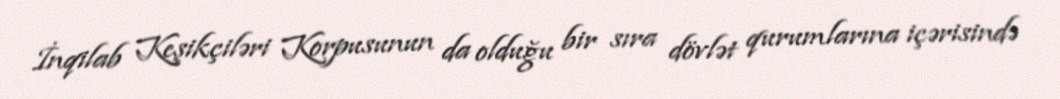
İnqilab Keşikçiləri Korpusunun da olduğu bir sıra dövlət qurumlarına içərisində